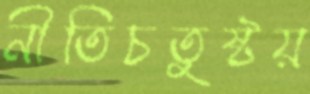
নীতিচতুষ্টয়